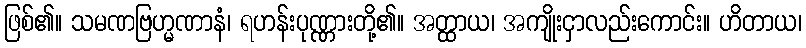
ဖြစ်၏။ သမဏဗြဟ္မဏာနံ၊ ရဟန်းပုဏ္ဏားတို့၏။ အတ္ထာယ၊ အကျိုးငှာလည်းကောင်း။ ဟိတာယ၊